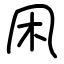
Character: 凩